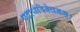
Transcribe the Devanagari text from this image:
पदार्थविवेचनम्।